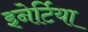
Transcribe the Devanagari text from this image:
इनेर्टिया